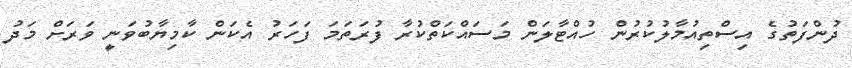
ދުންފަތުގެ އިސްތިއުމާލުކުރުން ހުއްޓާލަން މަސައްކަތްކުރާ ފުރަތަމަ ފަހަރު އެކަން ކާމިޔާބުވަނީ ވަރަށް މަދު